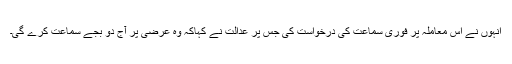
انہوں نے اس معاملہ پر فوری سماعت کی درخواست کی جس پر عدالت نے کہاکہ وہ عرضی پر آج دو بجے سماعت کرے گی۔